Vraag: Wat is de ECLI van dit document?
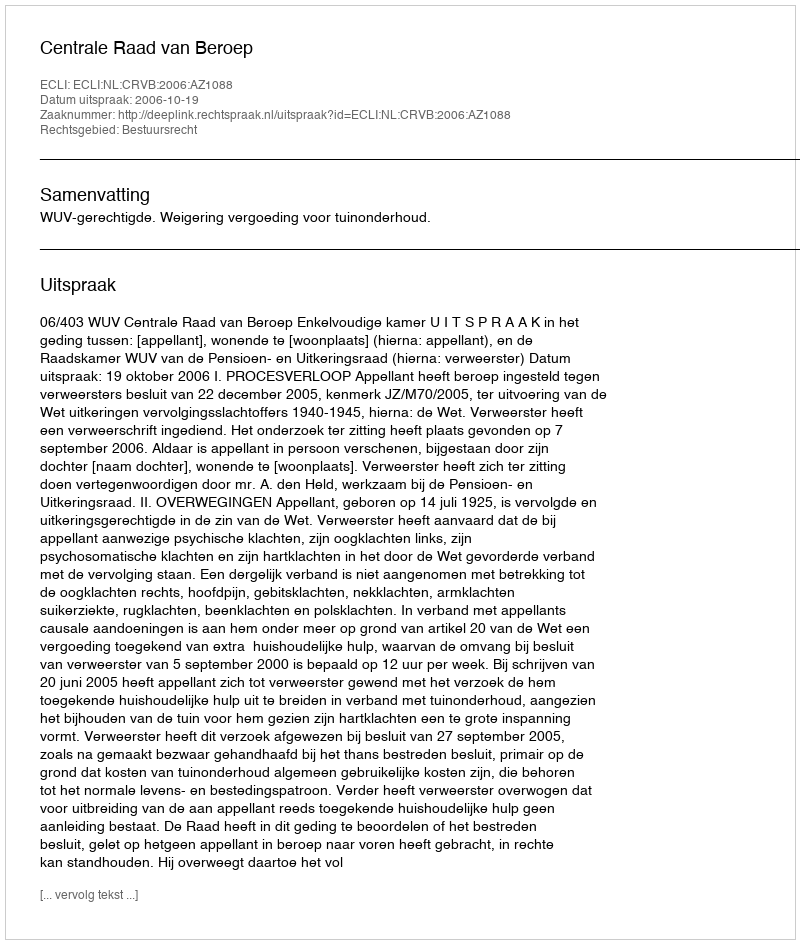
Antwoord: ECLI:NL:CRVB:2006:AZ1088